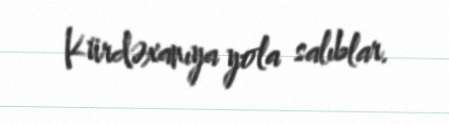
Kürdəxanıya yola salıblar.